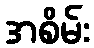
အစိမ်း